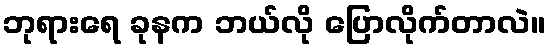
ဘုရားရေ ခုနက ဘယ်လို ပြောလိုက်တာလဲ။